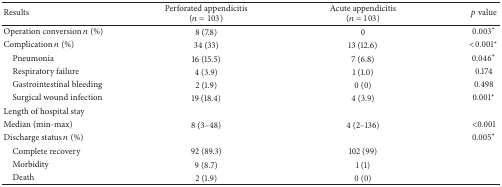
<table><thead><tr><td><b>Results</b></td><td><b>Perforated appendicitis (<i>n</i> = 103) </b></td><td><b>Acute appendicitis (<i>n</i> = 103)</b></td><td><b><i>p</i> value</b></td></tr></thead><tbody><tr><td>Operation conversion <i>n</i> (%)</td><td>8 (7.8)</td><td>0</td><td>0.003<sup><i>∗</i></sup></td></tr><tr><td>Complication <i>n</i> (%)</td><td>34 (33)</td><td>13 (12.6)</td><td>&lt;0.001<sup><i>∗</i></sup></td></tr><tr><td> Pneumonia</td><td>16 (15.5)</td><td>7 (6.8)</td><td>0.046<sup><i>∗</i></sup></td></tr><tr><td> Respiratory failure</td><td>4 (3.9)</td><td>1 (1.0)</td><td>0.174</td></tr><tr><td> Gastrointestinal bleeding</td><td>2 (1.9)</td><td>0 (0)</td><td>0.498</td></tr><tr><td> Surgical wound infection</td><td>19 (18.4)</td><td>4 (3.9)</td><td>0.001<sup><i>∗</i></sup></td></tr><tr><td>Length of hospital stay </td><td> </td><td> </td><td> </td></tr><tr><td>Median (min-max)</td><td>8 (3–48)</td><td>4 (2–136)</td><td>&lt;0.001</td></tr><tr><td>Discharge status <i>n</i> (%)</td><td> </td><td> </td><td>0.005<sup><i>∗</i></sup></td></tr><tr><td> Complete recovery</td><td>92 (89.3)</td><td>102 (99)</td><td> </td></tr><tr><td> Morbidity</td><td>9 (8.7)</td><td>1 (1)</td><td> </td></tr><tr><td> Death</td><td>2 (1.9)</td><td>0 (0)</td><td> </td></tr></tbody></table>